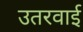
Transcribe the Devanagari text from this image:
उतरवाई